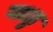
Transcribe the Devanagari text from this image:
गाठु